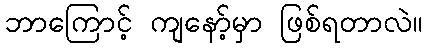
ဘာကြောင့် ကျနော့်မှာ ဖြစ်ရတာလဲ။